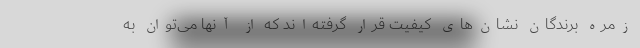
زمره برندگان نشان‌های کیفیت قرار گرفته‌اند که از آنها می‌توان به